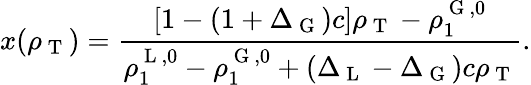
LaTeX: x(\rho_{\mathrm{~T~}})=\frac{\left[1-(1+\Delta_{\mathrm{~G~}})c\right]\rho_{\mathrm{~T~}}-\rho_{1}^{\mathrm{~G~},0}}{\rho_{1}^{\mathrm{~L~},0}-\rho_{1}^{\mathrm{~G~},0}+(\Delta_{\mathrm{~L~}}-\Delta_{\mathrm{~G~}})c\rho_{\mathrm{~T~}}}.